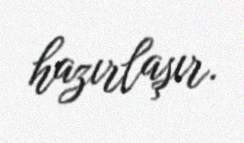
hazırlaşır.